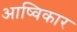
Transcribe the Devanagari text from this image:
आष्विकार